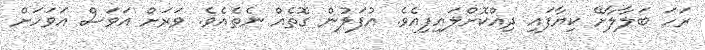
ރަހަ ބަލާލާށޭ ކިޔާފައި ދިއްކޮށްލައިފިއެވެ. އުފަލުން ގޮތެއް ނެތެއެވެ. ވަރަށް އަވަސް އަވަހަށް